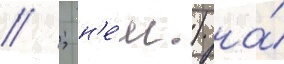
// ; н'е́м.) на́